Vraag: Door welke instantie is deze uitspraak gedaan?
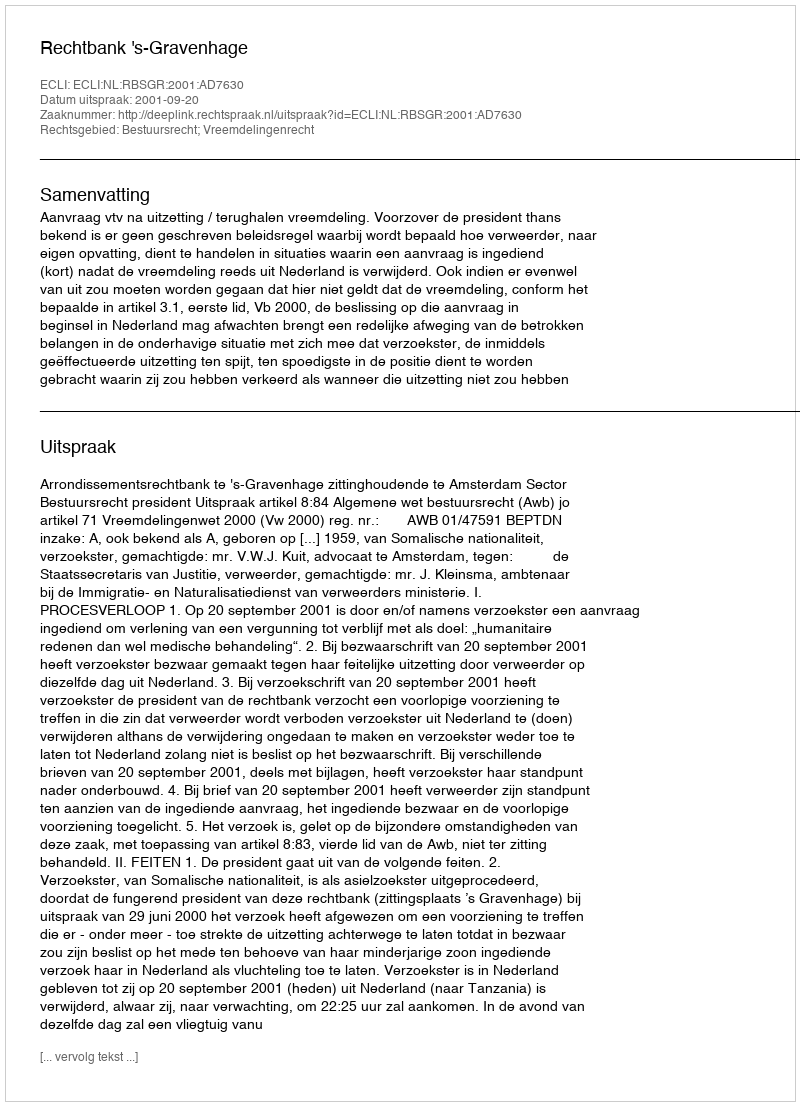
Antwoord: Rechtbank 's-Gravenhage